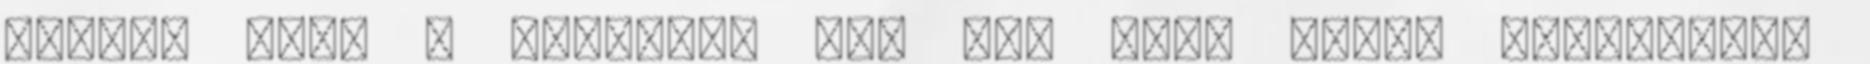
vontam jött a szokásos "az úgy volt hogy" szöveggel,